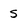
Character: s